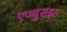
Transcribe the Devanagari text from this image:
एज्यूराइट